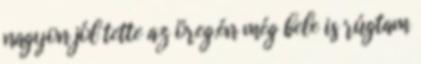
nagyon jól tette az öreg.én még bele is rúgtam